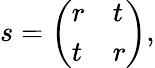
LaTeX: {s=\left(\begin{array}{ll}{r}&{t}\\ {t}&{r}\end{array}\right)},